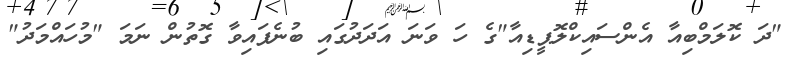
"ދަ ކޮލަމްބިއާ އެންސައިކްލޮޕީޑިއާ"ގެ ހަ ވަނަ އަދަދުގައި ބުނެފައިވާ ގޮތުން ނަމަ "މުހައްމަދު"